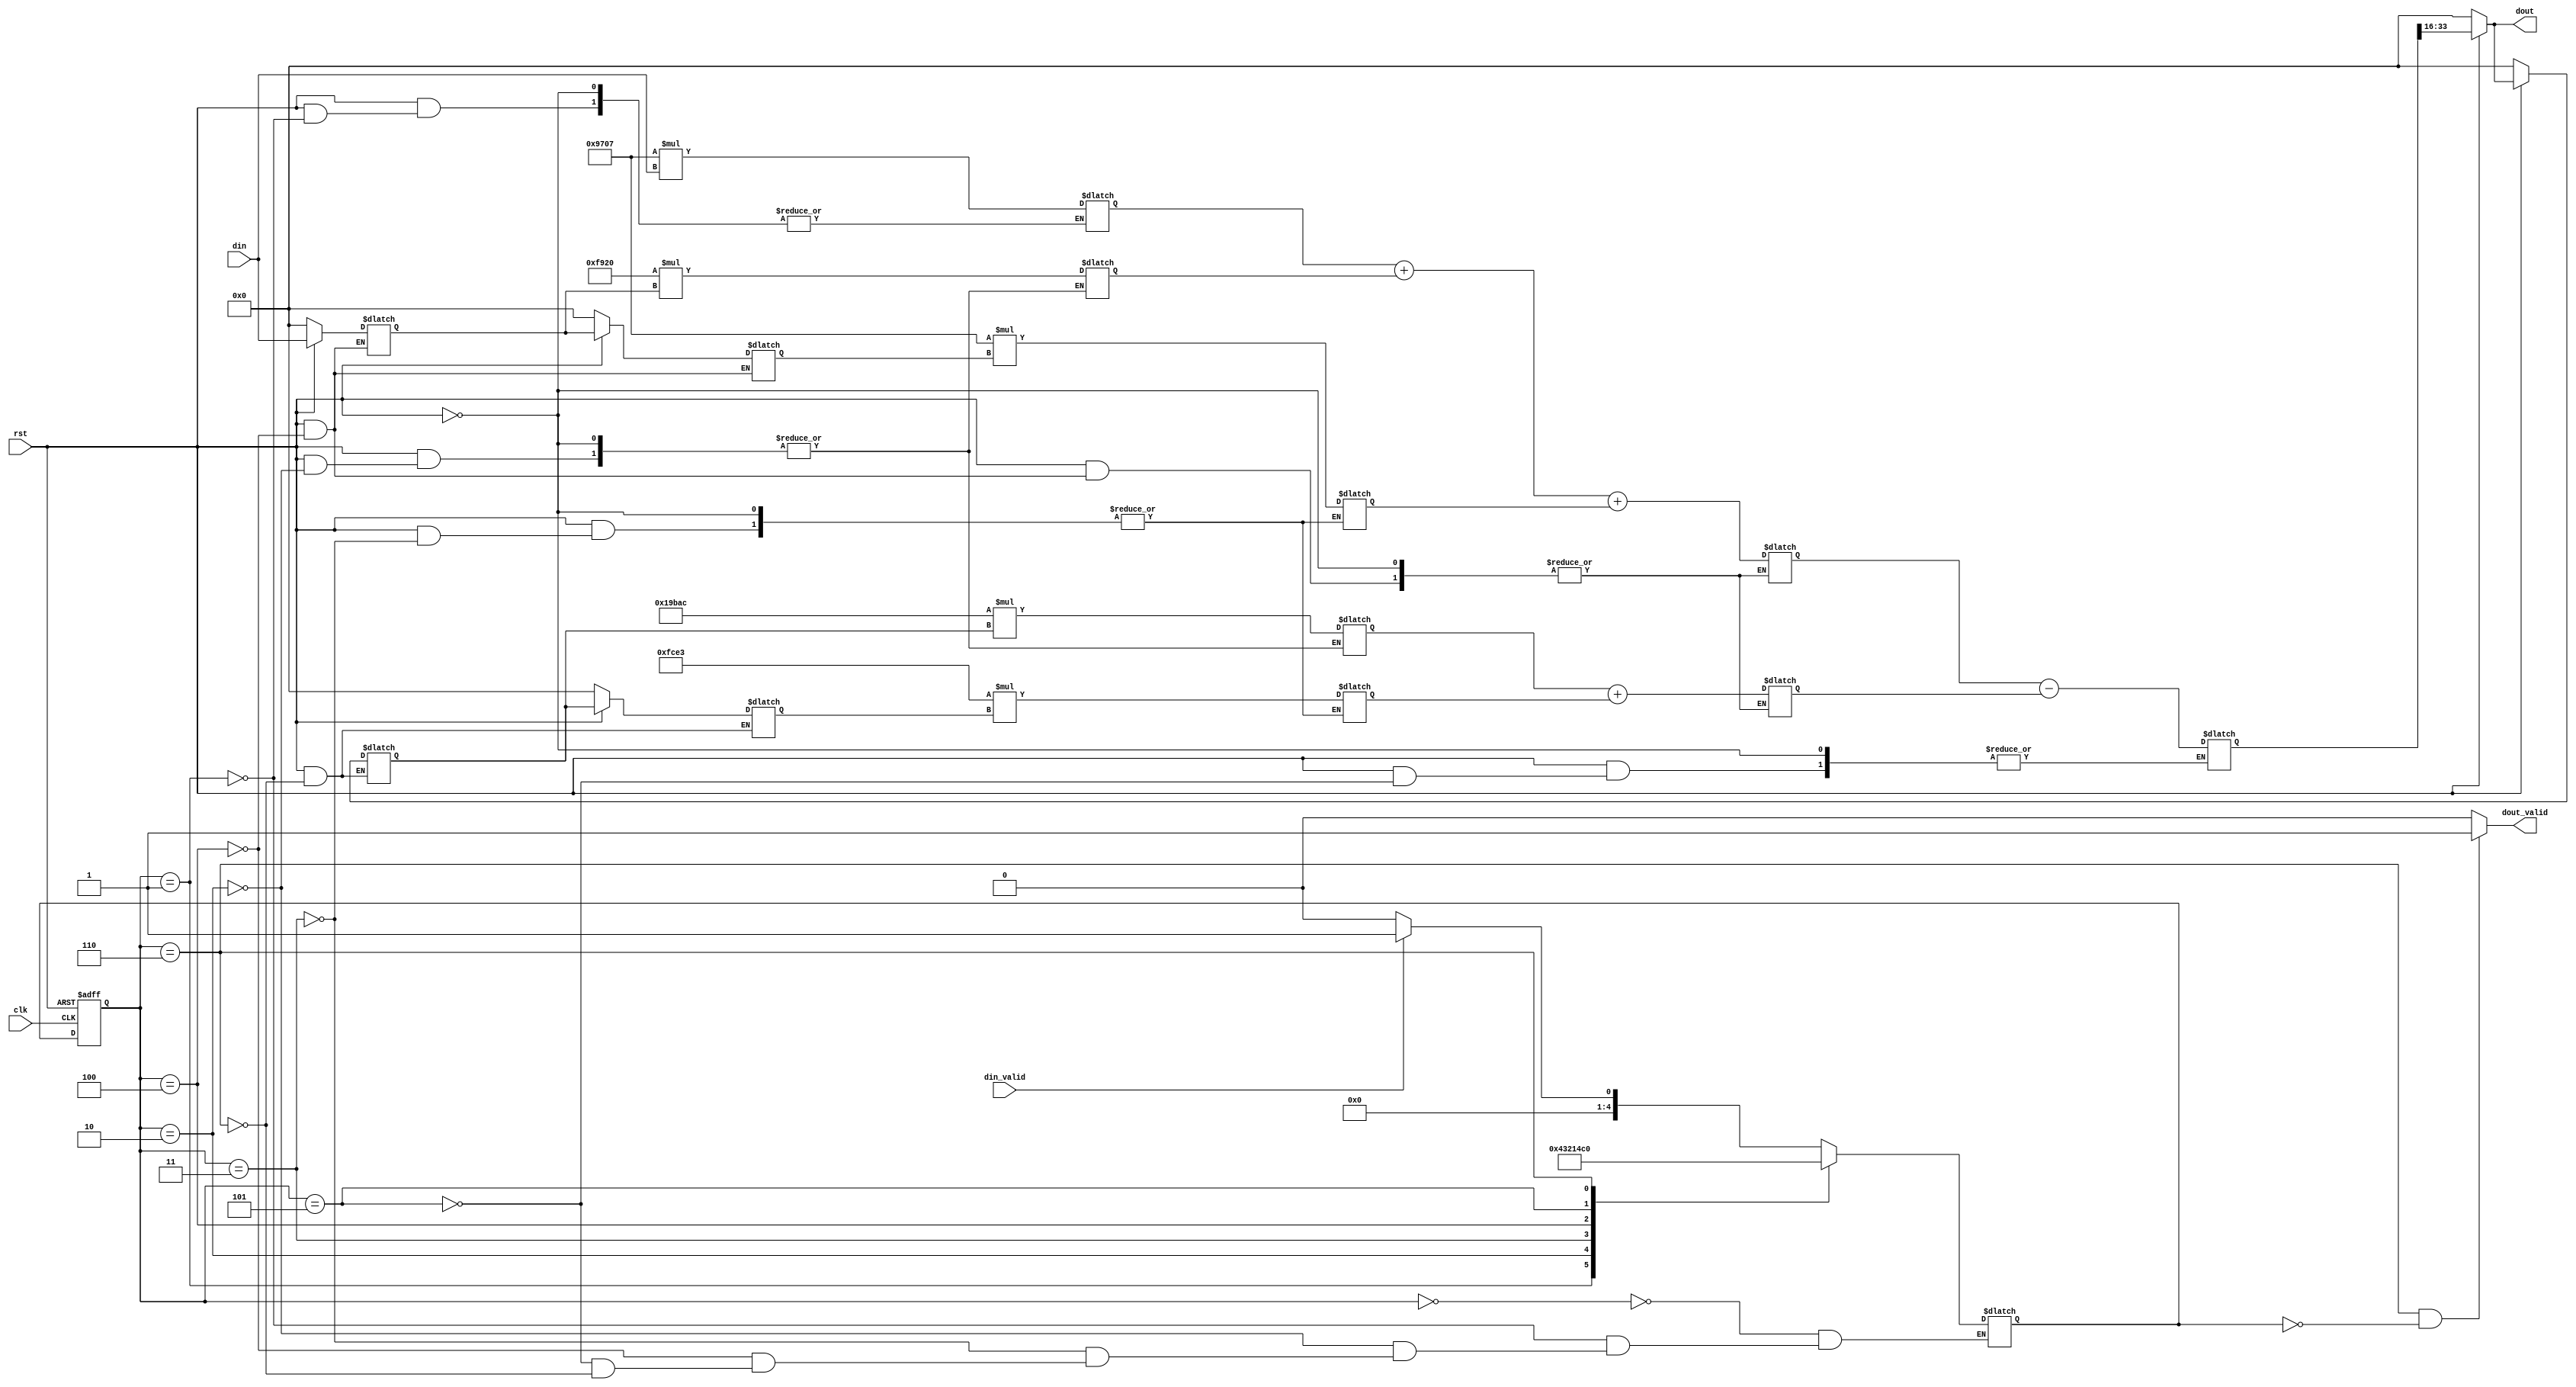
module IIR_m_1st(
rst,
clk,
din,
dout,
din_valid,
dout_valid
);

parameter b0=38663;
parameter b1=63776;
parameter b2=38663;
parameter a1=105388;
parameter a2=64739;

input rst;
input clk;
input signed[17:0] din;
input din_valid;

output signed[17:0] dout;
output dout_valid;

reg[4:0] cState,nState;
reg signed[17:0] x_reg0;
reg signed[17:0] x_reg1;

reg signed[35:0] x_mul1;
reg signed[35:0] x_mul2;
reg signed[35:0] x_mul3;

wire signed[35:0] x_int_mul1;
wire signed[35:0] x_int_mul2;
wire signed[35:0] x_int_mul3;

reg signed[35:0] x_sum;
//wire signed[17:0] x_temp;

reg signed[17:0] y_reg0;
reg signed[17:0] y_reg1;

reg signed[35:0] y_mul1;
reg signed[35:0] y_mul2;

wire signed[35:0] y_int_mul1;
wire signed[35:0] y_int_mul2;

reg signed[35:0] y_sum;
//wire signed[17:0] y_temp;

reg signed[35:0] dout_sum;
wire signed[17:0] dout_temp;

always @(negedge rst,posedge clk) begin
        if(!rst) begin
                cState<=0;
        end
        else begin
                cState<=nState;                
        end
end

always @(*) begin
        case(cState)
                0:if(din_valid) begin
                        nState<=1;
                  end
                  else begin
                        nState<=0;
                  end
                1:nState<=2;
                2:nState<=3;
                3:nState<=4;
                4:nState<=5;
                5:nState<=6;
                6:nState<=0;
                default:nState<=nState;
        endcase
end

always @(*) begin
        if(rst) begin
                case(cState)
                        1:x_mul1=b0*din;
                        2:begin
                                x_mul2=b1*x_reg0;
                                y_mul1=a1*y_reg0;
                        end
                        3:begin
                                x_mul3=b2*x_reg1;
                                y_mul2=a2*y_reg1;
                        end
                        4:begin
                                x_sum=x_int_mul1+x_int_mul2+x_int_mul3;
                                y_sum=y_int_mul1+y_int_mul2;
                        end
                        5:dout_sum=x_sum-y_sum;
                        default:;
                endcase
        end
end

always @(cState) begin
        if(rst) begin
                if(cState==4) begin
                        x_reg0<=din;
                        x_reg1<=x_reg0;
                end
                else begin
                        x_reg0<=x_reg0;
                        x_reg1<=x_reg1;
                end
        end
        else begin
                x_reg0<=18'd0;
                x_reg1<=18'd0;
        end
end

always @(cState) begin
        if(rst) begin
                if(cState==6) begin
                        y_reg0<=dout;
                        y_reg1<=y_reg0;
                end 
                else begin
                        y_reg0<=y_reg0;
                        y_reg1<=y_reg1;
                end
        end
        else begin
                y_reg0<=18'd0;
                y_reg1<=18'd0;
        end
end

assign x_int_mul1=x_mul1;
assign x_int_mul2=x_mul2;
assign x_int_mul3=x_mul3;
//assign x_temp=(x_sum[19:17]==3'b000||x_sum[19:17]==3'b111)?x_sum[17:0]:(x_sum[19])?18'h20000:18'h1ffff;
//
assign y_int_mul1=y_mul1;
assign y_int_mul2=y_mul2;
//assign y_temp=(y_sum[18:17]==2'b00||y_sum[18:17]==2'b11)?y_sum[17:0]:(y_sum[18])?18'h20000:18'h1ffff;
//
//assign dout_temp=(dout_sum[18:17]==2'b00||dout_sum[18:17]==2'b11)?dout_sum[17:0]:(dout_sum[18])?18'h800:18'h7ff;
//assign dout=(!rst)?18'd0:dout_temp;
//
//assign dout_valid=(cState==6 && nState==0)?1'b1:1'b0;



assign dout_temp=dout_sum[33:16];
assign dout=(!rst)?18'd0:dout_temp;

assign dout_valid=(cState==6 && nState==0)?1'b1:1'b0;

endmodule